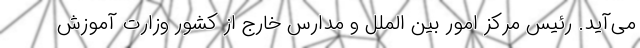
می‌آید. رئیس مرکز امور بین الملل و مدارس خارج از کشور وزارت آموزش